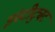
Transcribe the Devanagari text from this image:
इंस्‍टीट्युट